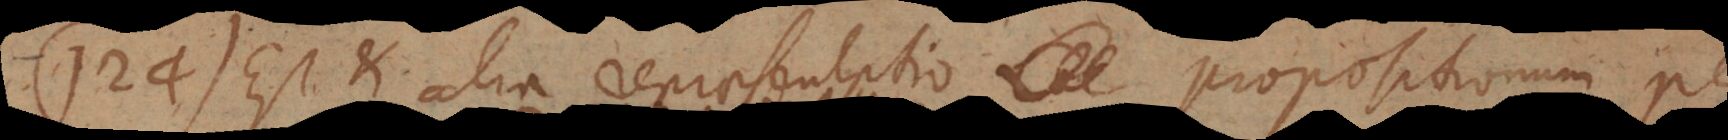
124) Est et alia repraesentatio propositionum per